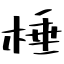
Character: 棰